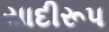
યાદીરૂપ